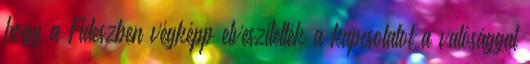
hogy a Fideszben végképp elveszítették a kapcsolatot a valósággal